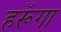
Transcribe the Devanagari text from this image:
हरूँगा